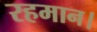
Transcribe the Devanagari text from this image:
रहमान।